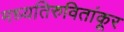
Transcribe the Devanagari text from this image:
मध्यतिरुवितांकूर